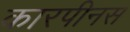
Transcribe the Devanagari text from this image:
कारपीनस